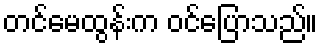
တင်မေထွန်းက ဝင်ပြောသည်။